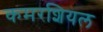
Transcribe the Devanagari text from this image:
कमरशियल